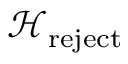
{ \mathcal { H } } _ { \mathrm { r e j e c t } }